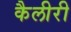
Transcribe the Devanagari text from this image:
कैलीरी